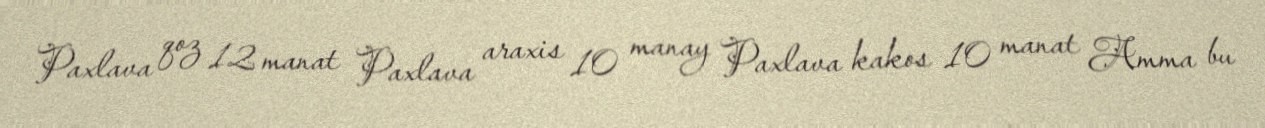
Paxlava qoz 12 manat Paxlava araxis 10 manay Paxlava kakos 10 manat Amma bu